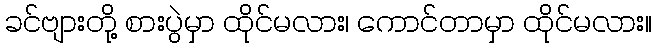
ခင်ဗျားတို့ စားပွဲမှာ ထိုင်မလား၊ ကောင်တာမှာ ထိုင်မလား။